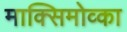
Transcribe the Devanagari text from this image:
माक्सिमोव्का